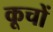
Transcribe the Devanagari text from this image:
कूचों